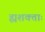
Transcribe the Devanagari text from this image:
ह्यशक्ताः